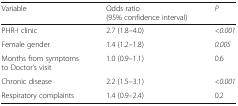
<table><thead><tr><td><b>Variable</b></td><td><b>Odds ratio (95% confidence interval)</b></td><td><b><i>P</i></b></td></tr></thead><tbody><tr><td>PHR-I clinic</td><td>2.7 (1.8–4.0)</td><td><i>&lt;0.001</i></td></tr><tr><td>Female gender</td><td>1.4 (1.2–1.8)</td><td><i>0.005</i></td></tr><tr><td>Months from symptoms to Doctor’s visit</td><td>1.0 (0.9–1.1)</td><td>0.6</td></tr><tr><td>Chronic disease</td><td>2.2 (1.5–3.1)</td><td><i>&lt;0.001</i></td></tr><tr><td>Respiratory complaints</td><td>1.4 (0.9–2.4)</td><td>0.2</td></tr></tbody></table>